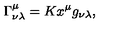
\Gamma _ { \nu \lambda } ^ { \mu } = K x ^ { \mu } g _ { \nu \lambda } ,